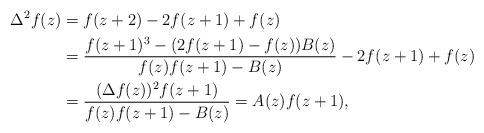
LaTeX: \begin{align*}\Delta^2 f(z)&=f(z+2)-2f(z+1)+f(z)\\&=\frac{f(z+1)^3-(2f(z+1)-f(z))B(z)}{f(z)f(z+1)-B(z)}-2f(z+1)+f(z)\\&=\frac{(\Delta f(z))^2f(z+1)}{f(z)f(z+1)-B(z)}=A(z)f(z+1),\end{align*}